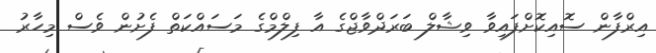
އިރްފާން ސޮއިކޮށްފައިވާ ވިޝާލް ބަރަދްވާޖްގެ އާ ފިލްމްގެ މަސައްކަތް ފެށުން ވެސް މިހާރު